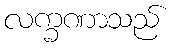
လက္ခဏာသည်